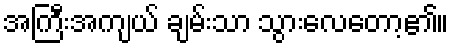
အကြီးအကျယ် ချမ်းသာ သွားလေတော့၏။